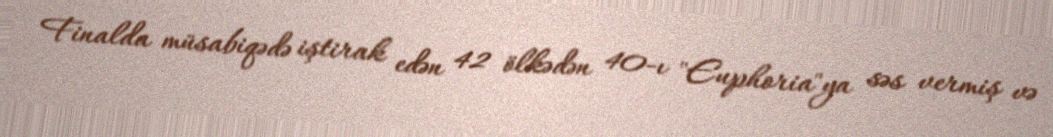
Finalda müsabiqədə iştirak edən 42 ölkədən 40-ı "Euphoria"ya səs vermiş və